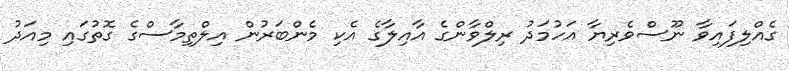
ގެއްލިފައިވާ ނޫސްވެރިޔާ އަހުމަދު ރިލްވާންގެ އާއިލާގެ އެކި މެންބަރުން އިލްތިމާސްގެ ގޮތުގައި މިއަދު